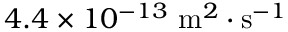
4 . 4 \times 1 0 ^ { - 1 3 } \mathrm { ~ m } ^ { 2 } \cdot \mathrm { s } ^ { - 1 }